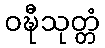
ဝဍ္ဎီသုတ္တံ